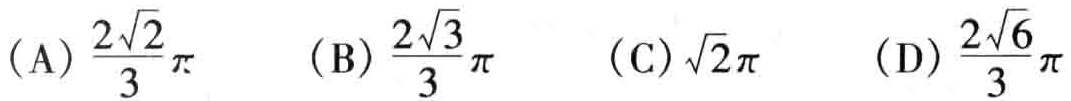
(A) \(\frac{2\sqrt{2}}{3}\pi\)  (B) \(\frac{2\sqrt{3}}{3}\pi\)  (C) \(\sqrt{2}\pi\)  (D) \(\frac{2\sqrt{6}}{3}\pi\)